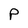
Character: P